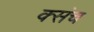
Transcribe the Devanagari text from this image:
क्संच